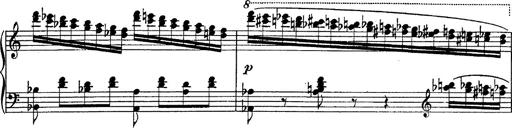
Title: Fantasie Ã¼ber Themen aus Mozarts Figaro und Don Giovanni
Composer: Franz Liszt